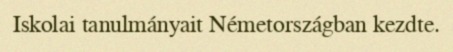
Iskolai tanulmányait Németországban kezdte.